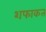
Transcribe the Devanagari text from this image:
शफाकत